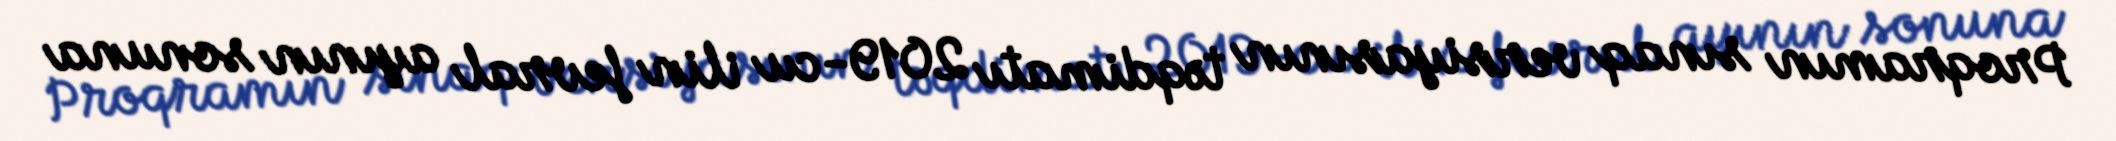
Proqramın sınaq versiyasının təqdimatı 2019-cu ilin fevral ayının sonuna